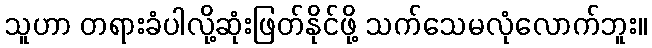
သူဟာ တရားခံပါလို့ဆုံးဖြတ်နိုင်ဖို့ သက်သေမလုံလောက်ဘူး။